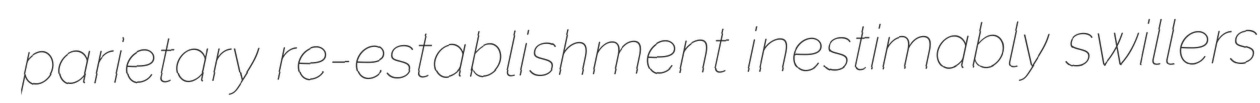
parietary re-establishment inestimably swillers